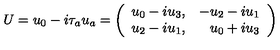
U = u _ { 0 } - i \tau _ { a } u _ { a } = \left( \begin{array} { r r } { u _ { 0 } - i u _ { 3 } , } & { - u _ { 2 } - i u _ { 1 } } \\ { u _ { 2 } - i u _ { 1 } , } & { u _ { 0 } + i u _ { 3 } } \\ \end{array} \right)